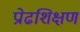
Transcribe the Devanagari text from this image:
प्रोढशिक्षण